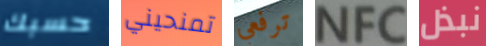
حسبك تمنحيني ترفعي NFC نبذل